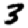
Digit: 3